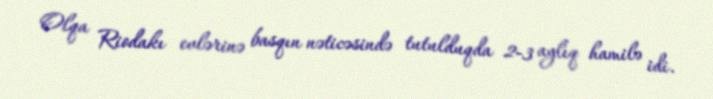
Olqa Riodakı evlərinə basqın nəticəsində tutulduqda 2-3 aylıq hamilə idi.